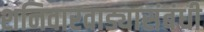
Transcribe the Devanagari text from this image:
शनिवारवाड्यासंबंधी